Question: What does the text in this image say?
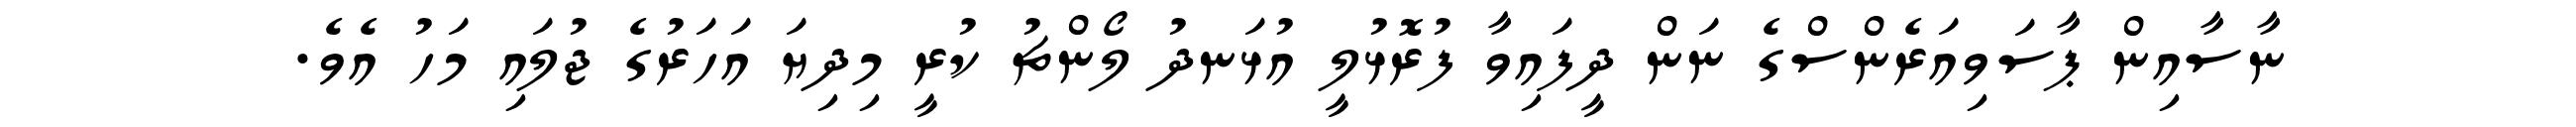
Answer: ނާސާއިން ޕާސަވިއަރެންސްގެ ނަން ދީފައިވާ ފުރޮޅުލީ އުޅަނދު ލޯންޗު ކުރީ މިދިޔަ އަހަރުގެ ޖުލައި މަހު އެވެ.